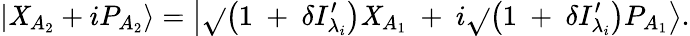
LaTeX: \left|{\mathit{X}}_{A_{2}}+i{P}_{A_{2}}\right\rangle=\left|\sqrt{}{{\left(1\mathrm{{~+~}}\delta{{I}_{{\lambda_{i}}}^{\prime}}\right)}}{{\mathit{X}}_{A_{1}}}\mathrm{{~+~}}i\sqrt{}{{\left(1\mathrm{{~+~}}\delta{{I}_{{\lambda_{i}}}^{\prime}}\right)}}{{P}_{A_{1}}}\right\rangle.